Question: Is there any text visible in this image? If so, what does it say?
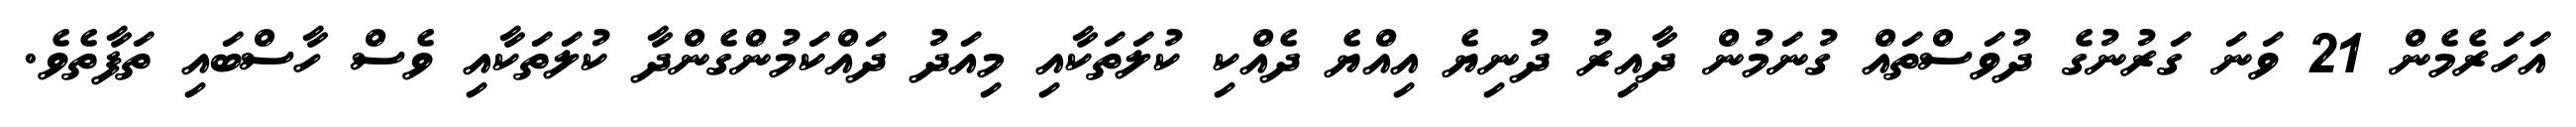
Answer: އަހަރެމެން 21 ވަނަ ގަރުނުގެ ދުވަސްތައް ގުނަމުން ދާއިރު ދުނިޔެ އިއްޔެ ދެއްކި ކުލަތަކާއި މިއަދު ދައްކަމުންގެންދާ ކުލަތަކާއި ވެސް ހާސްބައި ތަފާތެވެ.